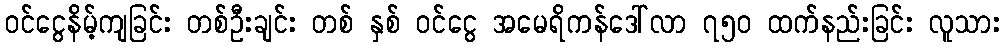
ဝင်ငွေနိမ့်ကျခြင်း တစ်ဦးချင်း တစ် နှစ် ဝင်ငွေ အမေရိကန်ဒေါ်လာ ၇၅၀ ထက်နည်းခြင်း လူသား